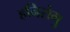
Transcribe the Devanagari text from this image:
हनिरोगु